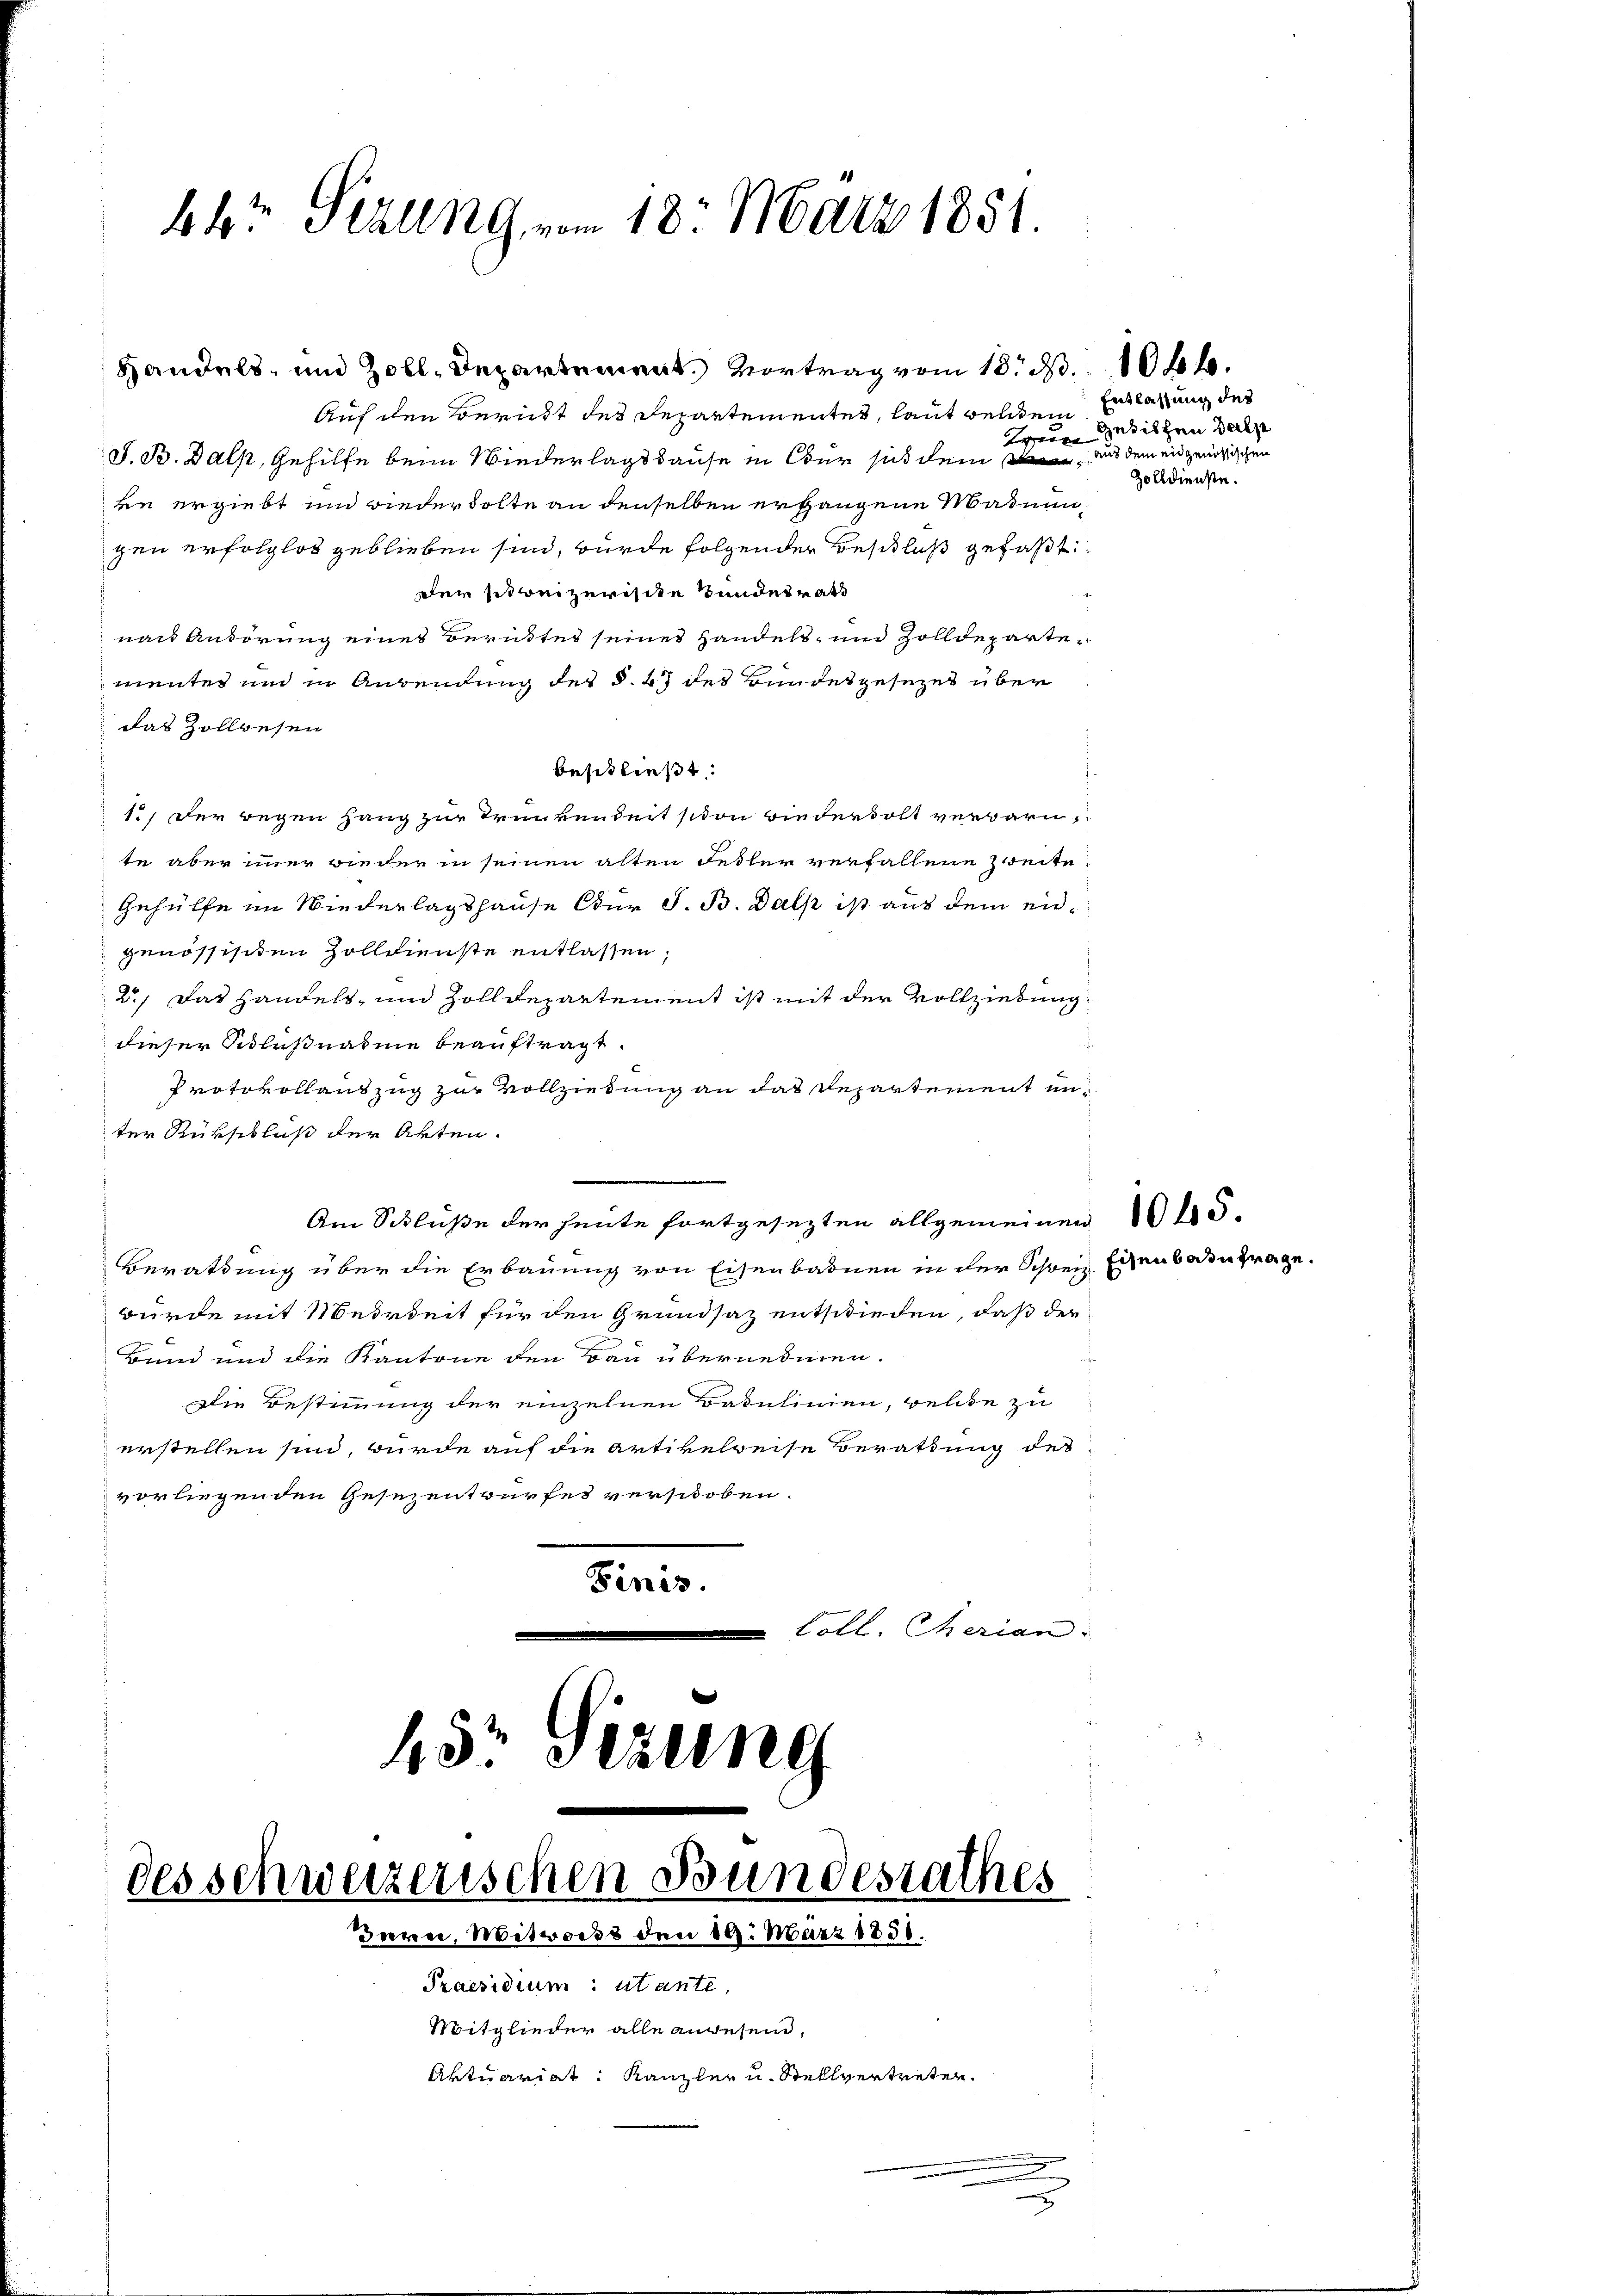
44 Sizung vom 18. März 1851.

Handels- und Zoll, Departement. Vortrag vom 18. d. 1044.
Auf den Bericht des Departementes, laut welchem Erklärung des
Trun
V. B. Balp, Gehilfe beim Wiederlagshause in Ober sich dem
sie ergiebt und wiederholte an denselben ergangene Maduungen erfolglos geblieben sind, wurde folgender Beschluß gefaßt:
Der sitweizerische Bundesrath
nach Anhörung eines verites seines Handels- und Zolldepartementes und in Anwendung des §. 2 des Bundesgesezes über
das Zollwesen
beschließt:
1.) Der wegen Hang zur Trunkenheit schon wiederholt verwarn,
te aber immer wieder in seinen alten Fester verfallene Zweite
Gehülfe im Wiederlagshause Cur S. B. Dalp ist aus dem eidgenössischen Zolldienste entlassen,
2., Das Handels, und Zolldepartement ist mit der Vollziehung
dieser Schlußnahme beauftragt.
Protokollauszug zur Vollziehung an das Repartement unter Rükschluß der Akten.
Am Schlüße der heute fortgesezten allgemeinen d
Berathung über die Erbauung von Eisenbadnen in der Schweiz Eisen botantrage.
würde mit Meirbeit für den Grundsaz entschieden, daß der
Band und die Kantone den Bau übernehmen.
Die Bestimmung der einzelnen Baulinien, welche zu
erstellen sind, wurde auf die Artikelweise Berathung des
vorliegenden Gesezentwurfes verschoben.
Finis.
Coll. Cherian
45 Sizung

des schweizerischen Bundesrathes

Berei, Mitworts den 10. März 1836.
Praesidium: utante,
Mitglieder alle anwesend,
Aktuariat: Kanzler u. Stellvertreten.

.

Gedicten dasse
aus dem eidgenössischen
Zolldienste.